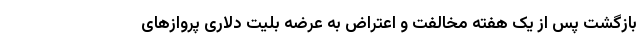
بازگشت پس از یک هفته مخالفت و اعتراض به عرضه بلیت دلاری پرواز‌های